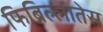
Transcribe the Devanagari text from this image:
फिब्रिल्लातेस